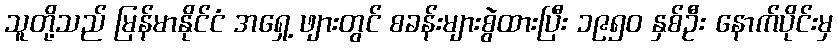
သူတို့သည် မြန်မာနိုင်ငံ အရှေ့ ဖျားတွင် စခန်းများစွဲထားပြီး ၁၉၅၀ နှစ်ဦး နောက်ပိုင်းမှ